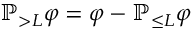
\ensuremath { \mathbb { P } } _ { > L } \varphi = \varphi - \ensuremath { \mathbb { P } } _ { \leq L } \varphi